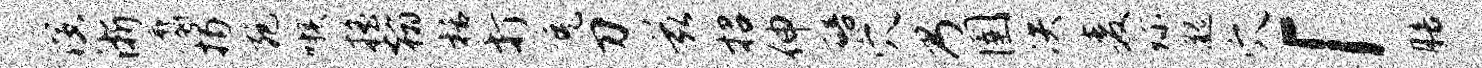
演浙麝揭宛嗾摇翰栝打免刀兹招伸碚穴乃圉决麦珍邈穴「膳